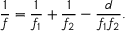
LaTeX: { \frac { 1 } { f } } = { \frac { 1 } { f _ { 1 } } } + { \frac { 1 } { f _ { 2 } } } - { \frac { d } { f _ { 1 } f _ { 2 } } } .